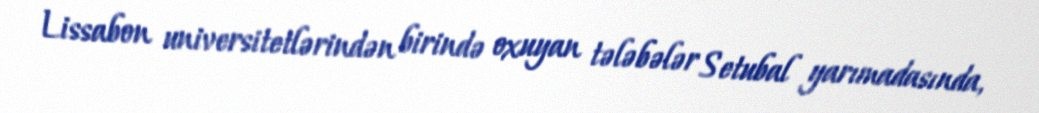
Lissabon universitetlərindən birində oxuyan tələbələr Setubal yarımadasında,